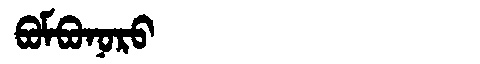
Manchu: ᠪᠣᠮᠪᠣᠨᠣᡵᠣ
Romanization: BOMBONORO